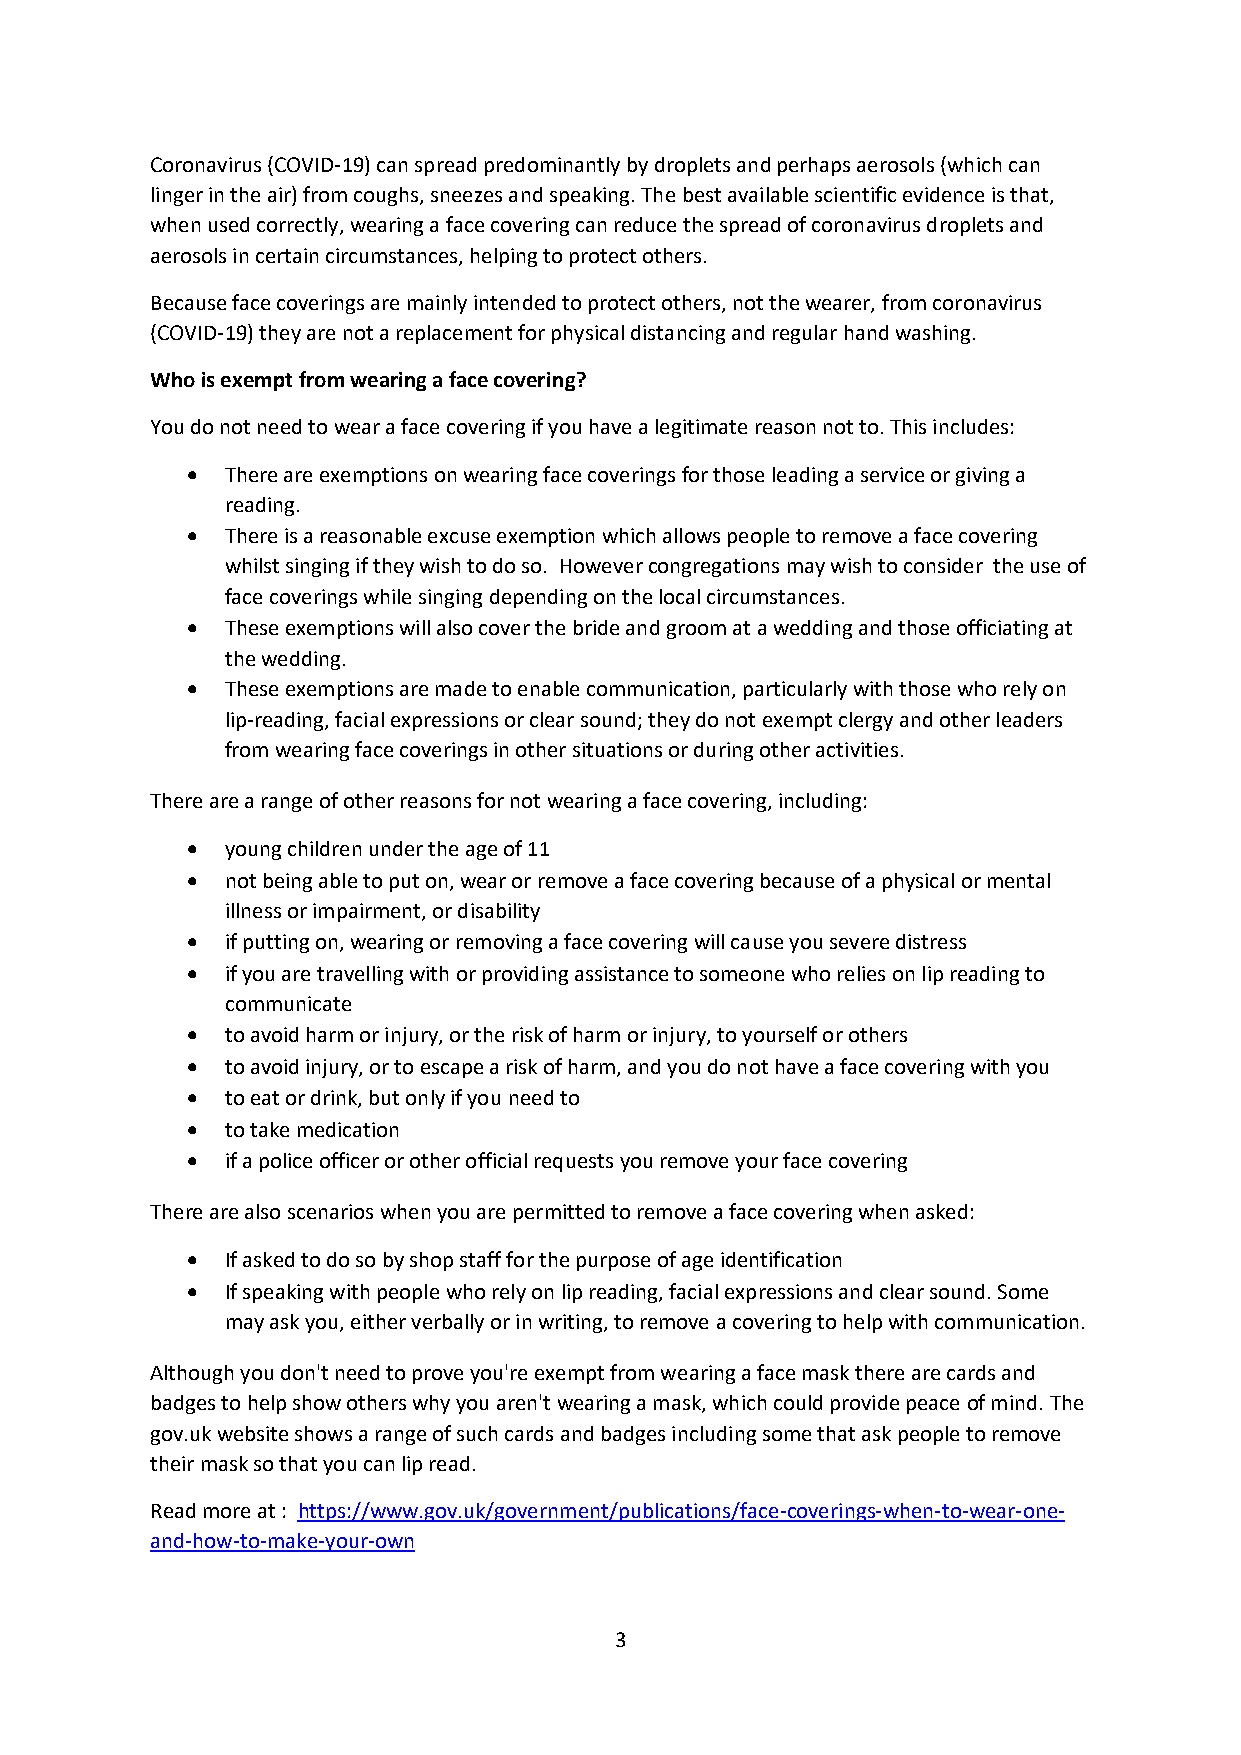
Coronavirus (COVID-19) can spread predominantly by droplets and perhaps aerosols (which can
 linger in the air) from coughs, sneezes and speaking. The best available scientific evidence is that,
 when used correctly, wearing a face covering can reduce the spread of coronavirus droplets and
 aerosols in certain circumstances, helping to protect others.
 Because face coverings are mainly intended to protect others, not the wearer, from coronavirus
 (COVID-19) they are not a replacement for physical distancing and regular hand washing.
 Who is exempt from wearing a face covering?
 You do not need to wear a face covering if you have a legitimate reason not to. This includes:
 •  There are exemptions on wearing face coverings for those leading a service or giving a
 reading.
 •  There is a reasonable excuse exemption which allows people to remove a face covering
 whilst singing if they wish to do so. However congregations may wish to consider the use of
 face coverings while singing depending on the local circumstances.
 •  These exemptions will also cover the bride and groom at a wedding and those officiating at
 the wedding.
 •  These exemptions are made to enable communication, particularly with those who rely on
 lip-reading, facial expressions or clear sound; they do not exempt clergy and other leaders
 from wearing face coverings in other situations or during other activities.
 There are a range of other reasons for not wearing a face covering, including:
 •  young children under the age of 11
 •  not being able to put on, wear or remove a face covering because of a physical or mental
 illness or impairment, or disability
 •  if putting on, wearing or removing a face covering will cause you severe distress
 •  if you are travelling with or providing assistance to someone who relies on lip reading to
 communicate
 •  to avoid harm or injury, or the risk of harm or injury, to yourself or others
 •  to avoid injury, or to escape a risk of harm, and you do not have a face covering with you
 •  to eat or drink, but only if you need to
 •  to take medication
 •  if a police officer or other official requests you remove your face covering
 There are also scenarios when you are permitted to remove a face covering when asked:
 •  If asked to do so by shop staff for the purpose of age identification
 •  If speaking with people who rely on lip reading, facial expressions and clear sound. Some
 may ask you, either verbally or in writing, to remove a covering to help with communication.
 Although you don't need to prove you're exempt from wearing a face mask there are cards and
 badges to help show others why you aren't wearing a mask, which could provide peace of mind. The
 gov.uk website shows a range of such cards and badges including some that ask people to remove
 their mask so that you can lip read.
 Read more at : https://www.gov.uk/government/publications/face-coverings-when-to-wear-one-
 and-how-to-make-your-own
 3